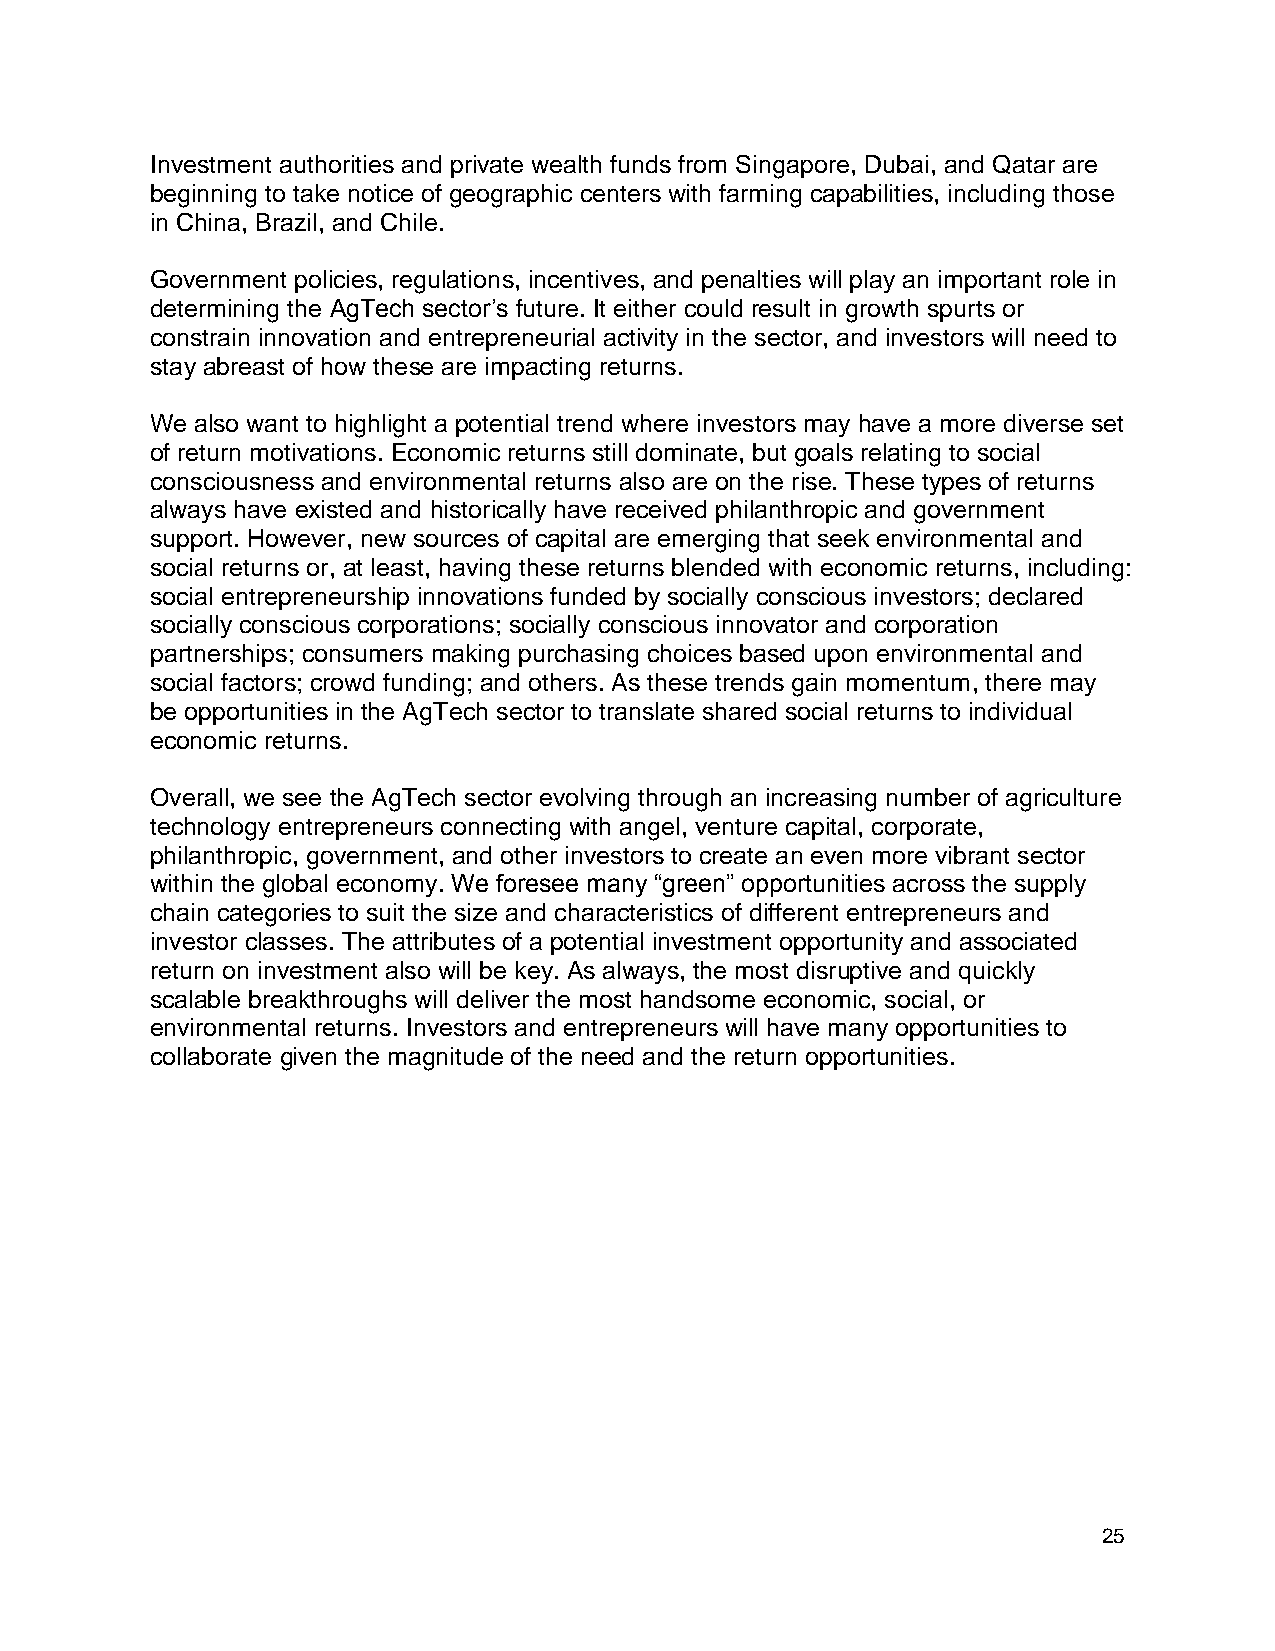
Investment authorities and private wealth funds from Singapore, Dubai, and Qatar are
 beginning to take notice of geographic centers with farming capabilities, including those
 in China, Brazil, and Chile.
 Government policies, regulations, incentives, and penalties will play an important role in
 determining the AgTech sector’s future. It either could result in growth spurts or
 constrain innovation and entrepreneurial activity in the sector, and investors will need to
 stay abreast of how these are impacting returns.
 We also want to highlight a potential trend where investors may have a more diverse set
 of return motivations. Economic returns still dominate, but goals relating to social
 consciousness and environmental returns also are on the rise. These types of returns
 always have existed and historically have received philanthropic and government
 support. However, new sources of capital are emerging that seek environmental and
 social returns or, at least, having these returns blended with economic returns, including:
 social entrepreneurship innovations funded by socially conscious investors; declared
 socially conscious corporations; socially conscious innovator and corporation
 partnerships; consumers making purchasing choices based upon environmental and
 social factors; crowd funding; and others. As these trends gain momentum, there may
 be opportunities in the AgTech sector to translate shared social returns to individual
 economic returns.
 Overall, we see the AgTech sector evolving through an increasing number of agriculture
 technology entrepreneurs connecting with angel, venture capital, corporate,
 philanthropic, government, and other investors to create an even more vibrant sector
 within the global economy. We foresee many “green” opportunities across the supply
 chain categories to suit the size and characteristics of different entrepreneurs and
 investor classes. The attributes of a potential investment opportunity and associated
 return on investment also will be key. As always, the most disruptive and quickly
 scalable breakthroughs will deliver the most handsome economic, social, or
 environmental returns. Investors and entrepreneurs will have many opportunities to
 collaborate given the magnitude of the need and the return opportunities.
 25